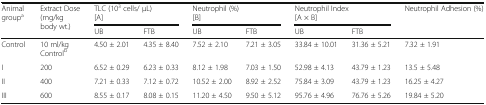
<table><thead><tr><td rowspan="2"><b>Animal group<sup>a</sup></b></td><td rowspan="2"><b>Extract Dose(mg/kg body wt.)</b></td><td colspan="2"><b>TLC (10<sup>3</sup> cells/ μL)[A]</b></td><td colspan="2"><b>Neutrophil (%)[B]</b></td><td colspan="2"><b>Neutrophil Index[A × B]</b></td><td><b>Neutrophil Adhesion (%)</b></td></tr><tr><td><b>UB</b></td><td><b>FTB</b></td><td><b>UB</b></td><td><b>FTB</b></td><td><b>UB</b></td><td><b>FTB</b></td><td></td></tr></thead><tbody><tr><td>Control</td><td>10 ml/kgControl<sup>b</sup></td><td>4.50 ± 2.01</td><td>4.35 ± 8.40</td><td>7.52 ± 2.10</td><td>7.21 ± 3.05</td><td>33.84 ± 10.01</td><td>31.36 ± 5.21</td><td>7.32 ± 1.91</td></tr><tr><td>I</td><td>200</td><td>6.52 ± 0.29</td><td>6.23 ± 0.33</td><td>8.12 ± 1.98</td><td>7.03 ± 1.50</td><td>52.98 ± 4.13</td><td>43.79 ± 1.23</td><td>13.5 ± 5.48</td></tr><tr><td>II</td><td>400</td><td>7.21 ± 0.33</td><td>7.12 ± 0.72</td><td>10.52 ± 2.00</td><td>8.92 ± 2.52</td><td>75.84 ± 3.09</td><td>43.79 ± 1.23</td><td>16.25 ± 4.27</td></tr><tr><td>III</td><td>600</td><td>8.55 ± 0.17</td><td>8.08 ± 0.15</td><td>11.20 ± 4.50</td><td>9.50 ± 5.12</td><td>95.76 ± 4.96</td><td>76.76 ± 5.26</td><td>19.84 ± 5.20</td></tr></tbody></table>